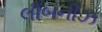
લીબનીઝ